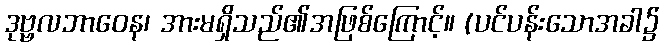
ဒုဗ္ဗလဘာဝေန၊ အားမရှိသည်၏အဖြစ်ကြောင့်။ (ပင်ပန်းသောအခါ၌